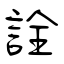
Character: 詮